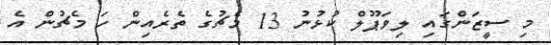
މި ސީޒަންގައި ލިވަޕޫލް ކުޅުނު 13 މެޗުގެ ތެރެއިން ހަ މެޗުން އެ